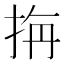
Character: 𭠭